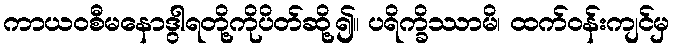
ကာယဝစီမနောဒွါရတို့ကိုပိတ်ဆို့၍။ ပရိက္ခိဿာမိ၊ ထက်ဝန်းကျင်မှ